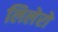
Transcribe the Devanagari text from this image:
लिलेरो